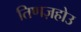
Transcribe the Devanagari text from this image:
तिणज़होउ